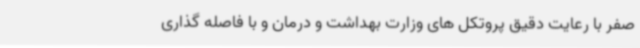
صفر با رعایت دقیق پروتکل های وزارت بهداشت و درمان و با فاصله گذاری